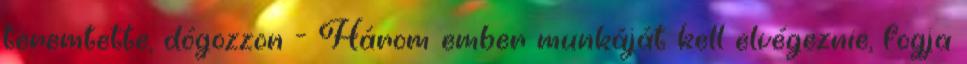
teremtette, dógozzon - Három ember munkáját kell elvégeznie, fogja